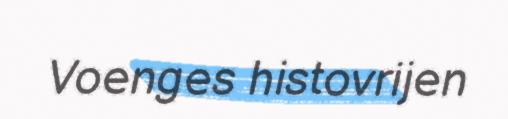
Voenges histovrijen